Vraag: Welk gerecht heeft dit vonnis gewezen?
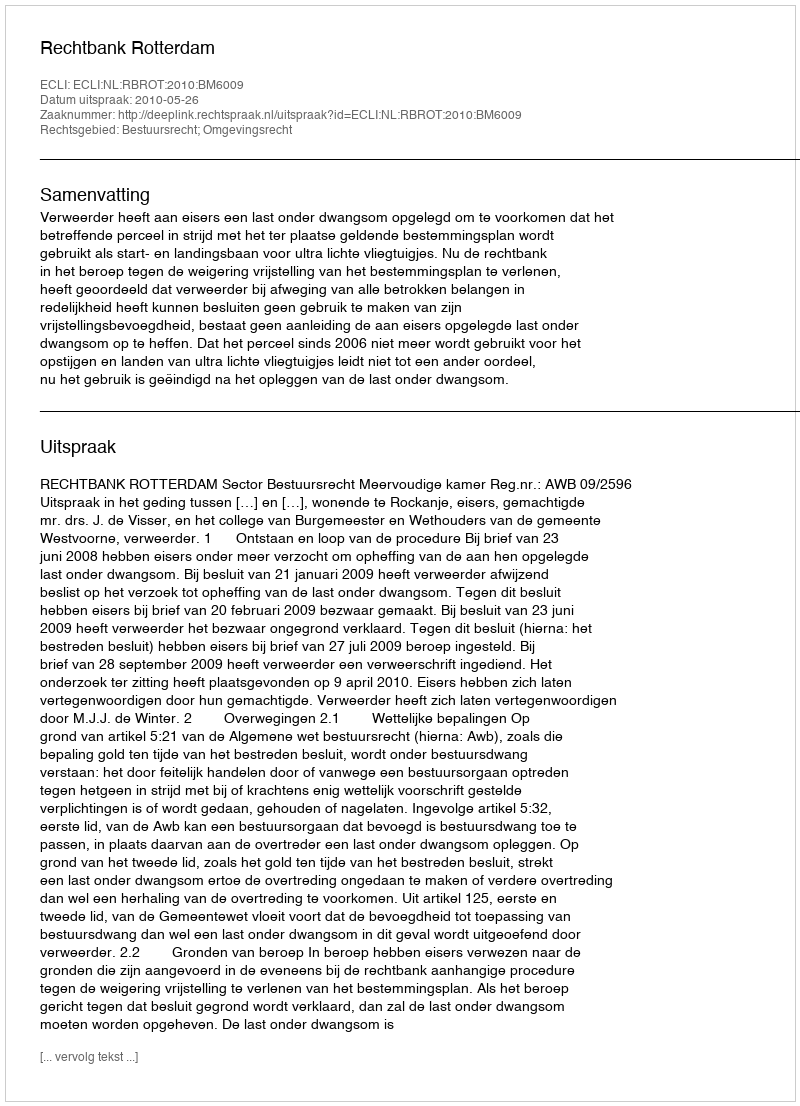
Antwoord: Rechtbank Rotterdam